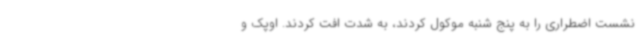
نشست اضطراری را به پنج شنبه موکول کردند، به شدت افت کردند. اوپک و